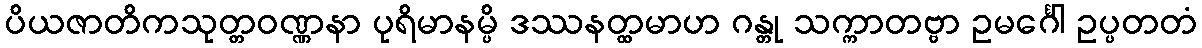
ပိယဇာတိကသုတ္တဝဏ္ဏနာ ပုရိမာနမ္ပိ ဒဿနတ္ထမာဟ ဂန္တု သက္ကာတဗ္ဗာ ဥမင်္ဂေါ ဥပ္ပတတံ